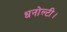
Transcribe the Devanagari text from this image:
धनोल्टी।